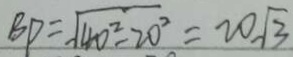
B P = \sqrt { 4 0 ^ { 2 } - 2 0 ^ { 2 } } = 2 0 \sqrt { 3 }